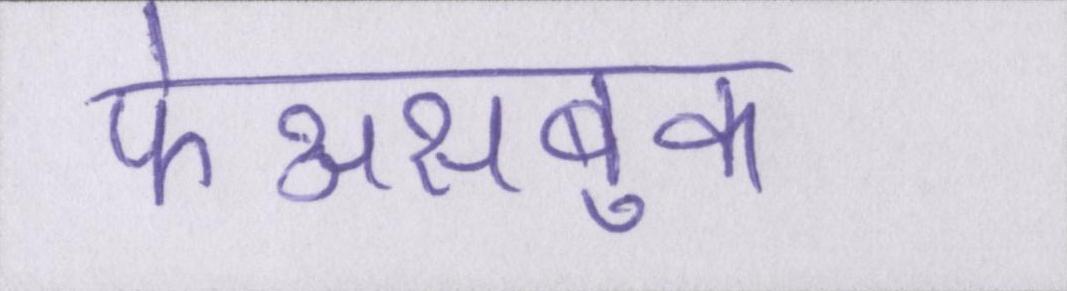
फेअसबुक